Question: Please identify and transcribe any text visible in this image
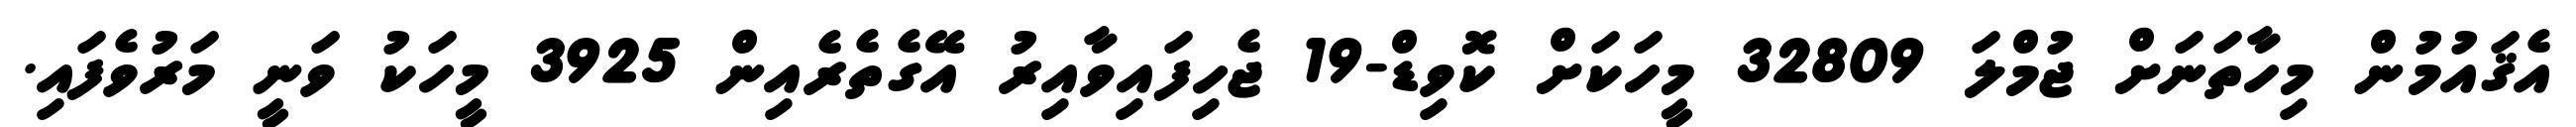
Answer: އެޤައުމުން މިހާތަނަށް ޖުމްލަ 32809 މީހަކަށް ކޮވިޑް-19 ޖެހިފައިވާއިރު އޭގެތެރެއިން 3925 މީހަކު ވަނީ މަރުވެފައި.